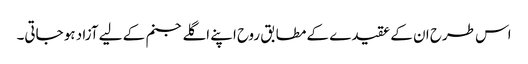
اس طرح ان کے عقیدے کے مطابق روح اپنے اگلے جنم کے لیے آزاد ہو جاتی۔